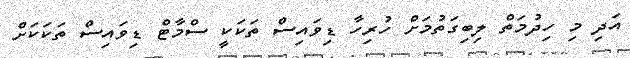
އަދި މި ހިދުމަތް ލިބިގަތުމަށް ހުރިހާ ޑިވައިސް ތަކަކީ ސްމާޓް ޑިވައިސް ތަކަކަށް